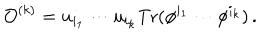
{ \cal O } ^ { ( k ) } = u _ { i _ { 1 } } \cdots u _ { i _ { k } } \mathrm { T r } ( \phi ^ { i _ { 1 } } \cdots \phi ^ { i _ { k } } ) \, .